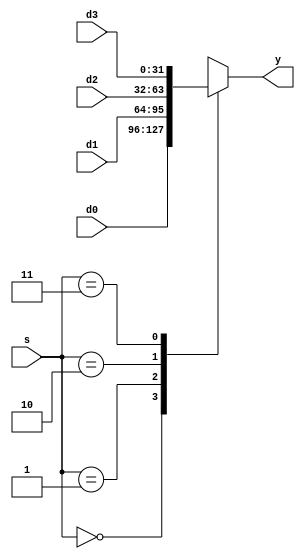
module mux(s, d0, d1, d2, d3, y);
  parameter num_of_ways = 4, length = 32, siglen = 1;
  input [1:0]s;
  input [length:1]d0;
  input [length:1]d1;
  input [length:1]d2;
  input [length:1]d3;
  output reg [length:1]y;
  always@(s or d0 or d2 or d3 or d1)
  begin
    case (s)
      0:
        y <= d0;
      1:
        y <= d1;
      2:
        y <= d2;
      3:
        y <= d3;
    endcase
  end
endmodule